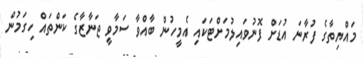
މައްޔިތާގެ ފުރާނަ އުޑަށް ފޮނުވައިލުމަށްޓަކައި އެމީހުން ބާއްވާ ސަމާވީ ޖަނާޒާގެ ކަންތައް ހިގަމުން